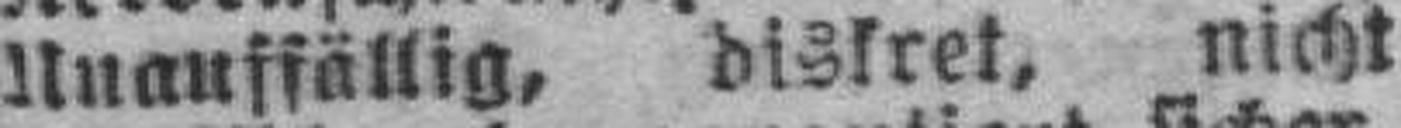
Unauffällig, diskret, nicht